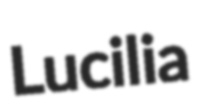
Lucilia